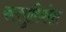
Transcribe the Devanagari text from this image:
कलचुरिनरेश